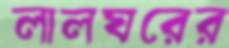
লালঘরের